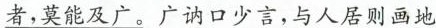
\underline{者，莫能及广。}广讷口少言，与人居则画地